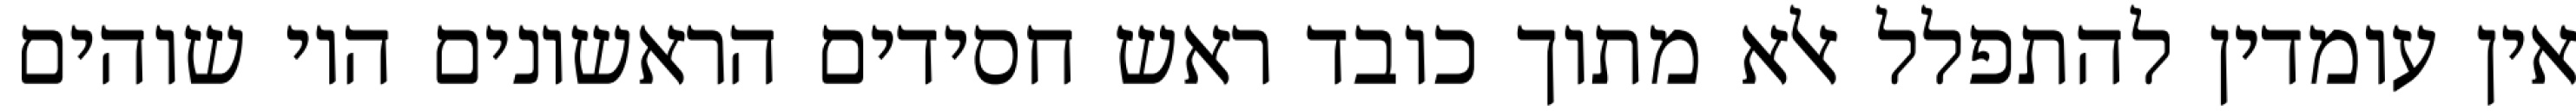
אין עומדין להתפלל אלא מתוך כובד ראש חסידים הראשונים היו שוהים